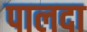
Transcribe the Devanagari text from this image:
पालदा